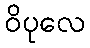
ဝိပုလေ